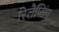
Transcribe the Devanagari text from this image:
रिलैप्सिंग